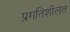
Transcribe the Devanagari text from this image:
प्रगतिशीलत